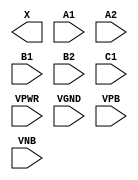
module sky130_fd_sc_ls__a221o (
    X   ,
    A1  ,
    A2  ,
    B1  ,
    B2  ,
    C1  ,
    VPWR,
    VGND,
    VPB ,
    VNB
);

    output X   ;
    input  A1  ;
    input  A2  ;
    input  B1  ;
    input  B2  ;
    input  C1  ;
    input  VPWR;
    input  VGND;
    input  VPB ;
    input  VNB ;
endmodule